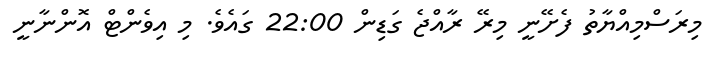
މިރަސްމިއްޔާތު ފެށޭނީ މިރޭ ރާއްޖެ ގަޑިން 22:00 ގައެވެ. މި އިވެންޓް އޮންނާނީ